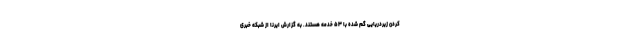
کردن زیردریایی گم شده با ۵۳ خدمه هستند. به گزارش ایرنا از شبکه خبری